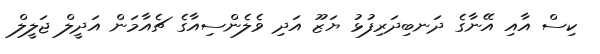
ކިސް އާއި އޭނާގެ ދަނބިދަރިފުޅު ޔަޒޫ އަދި ވެލެންސިއާގެ ޗެއާމަން އަދީލް ޖަލީލް